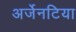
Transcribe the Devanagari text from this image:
अर्जेनटिया